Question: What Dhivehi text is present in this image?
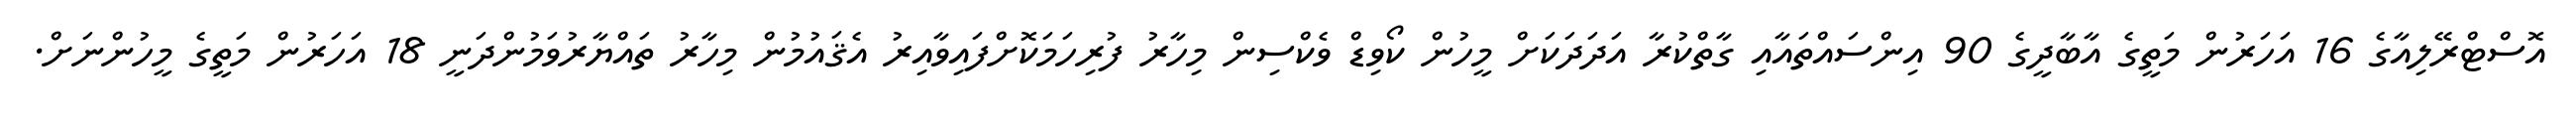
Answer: އޮސްޓްރޭލިއާގެ 16 އަހަރުން މަތީގެ އާބާދީގެ 90 އިންސައްތައާއި ގާތްކުރާ އަދަދަކަށް މީހުން ކޯވިޑް ވެކްސިން މިހާރު ފުރިހަމަކޮށްފައިވާއިރު އެޤައުމުން މިހާރު ތައްޔާރުވަމުންދަނީ 18 އަހަރުން މަތީގެ މީހުންނަށް.